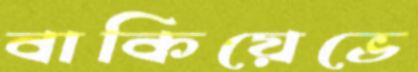
বাকিয়েভে